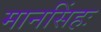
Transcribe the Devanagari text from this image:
मानसिंहः